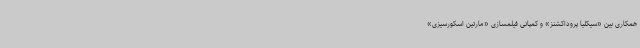
همکاری بین «سیکلیا پروداکشنز» و کمپانی فیلمسازی «مارتین اسکورسیزی»